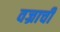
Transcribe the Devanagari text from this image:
वज्राची